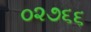
૦૨૭૬૬